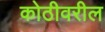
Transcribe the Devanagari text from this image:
कोठीवरील